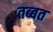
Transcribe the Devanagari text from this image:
तब्बत